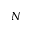
N